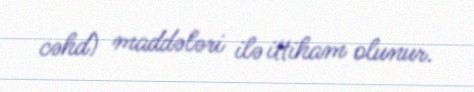
cəhd) maddələri ilə ittiham olunur.